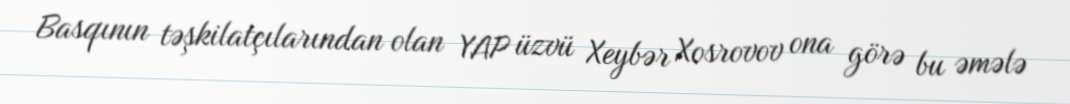
Basqının təşkilatçılarından olan YAP üzvü Xeybər Xosrovov ona görə bu əmələ